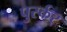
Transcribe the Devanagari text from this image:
पुर्स्कर्